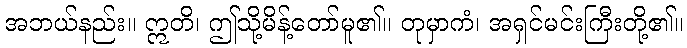
အဘယ်နည်း။ ဣတိ၊ ဤသို့မိန့်တော်မူ၏။ တုမှာကံ၊ အရှင်မင်းကြီးတို့၏။